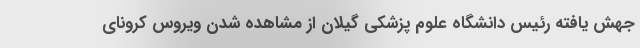
جهش یافته رئیس دانشگاه علوم پزشکی گیلان از مشاهده شدن ویروس کرونای